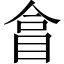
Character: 𥅽